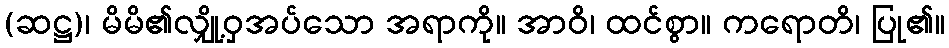
(ဆဋ္ဌ)၊ မိမိ၏လျှို့ဝှအပ်သော အရာကို။ အာဝိ၊ ထင်စွာ။ ကရောတိ၊ ပြု၏။